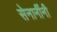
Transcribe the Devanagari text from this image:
सेनानींनी